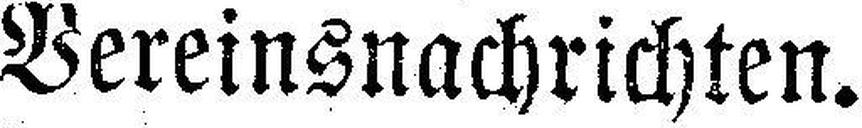
Vereinsnachrichten.